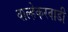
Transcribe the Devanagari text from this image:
वाल्हेकरवाडी